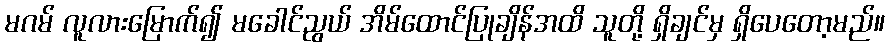
မဂမ် လူလားမြောက်၍ မခေါင်ညွယ် အိမ်ထောင်ပြုချိန်အထိ သူတို့ ရှိချင်မှ ရှိပေတော့မည်။